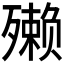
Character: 𪵇